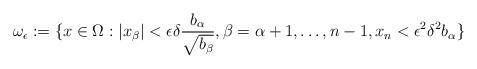
LaTeX: \begin{align*}\omega_\epsilon := \{x \in \Omega: |x_\beta| < \epsilon \delta \frac{b_\alpha}{\sqrt{b_\beta}}, \beta = \alpha + 1, \ldots, n-1, x_n < \epsilon^2 \delta^2 b_\alpha\}\end{align*}